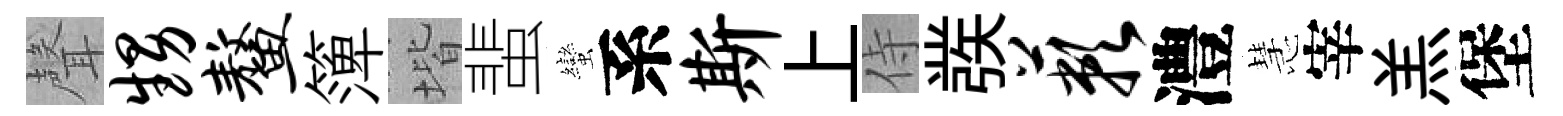
聲甥鳌𥱼堦蜚蠻系斯上侍彂蔌澧慧宰羔堡